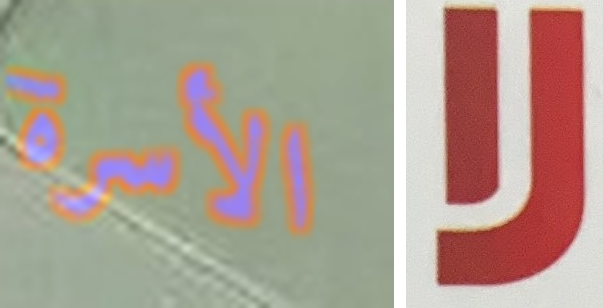
الأسرة لا